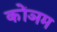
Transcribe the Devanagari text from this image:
कोंञम